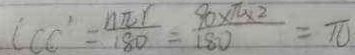
l c c ^ { \prime } = \frac { n \pi r } { 1 8 0 } = \frac { 9 0 \times \pi \times 2 } { 1 8 0 } = \pi